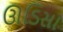
ઊડિસા